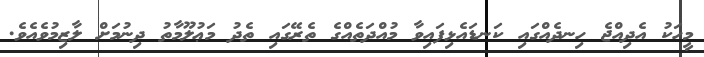
މީހަކު އެދިއްޖެ ހިނދެއްގައި ކަނޑައެޅިފައިވާ މުއްދަތެއްގެ ތެރޭގައި ތެދު މަޢުލޫމާތު ދިނުމަށް ލާޒިމުވެއެވެ.